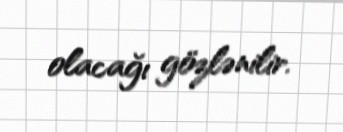
olacağı gözlənilir.